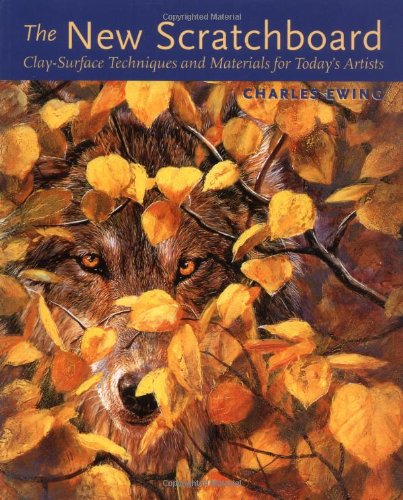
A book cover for The New Scratchboard; Charles Ewing; Arts & Photography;